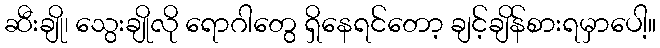
ဆီးချို၊ သွေးချိုလို ရောဂါတွေ ရှိနေရင်တော့ ချင့်ချိန်စားရမှာပေါ့။